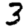
Digit: 3